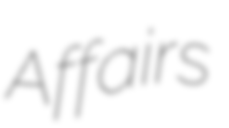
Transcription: Affairs